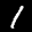
Label: 1